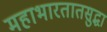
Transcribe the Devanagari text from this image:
महाभारतातसुद्धा